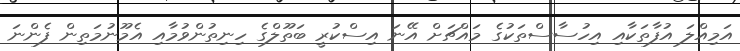
އަމިއްލަ އުފާތަކާއި އިހުސާސްތަކުގެ މައްޗަށް އޭނަ އިސްކުރީ ބަތޫލްގެ ހިނިތުންވުމާއި އެމޫނުމަތިން ފެންނަ